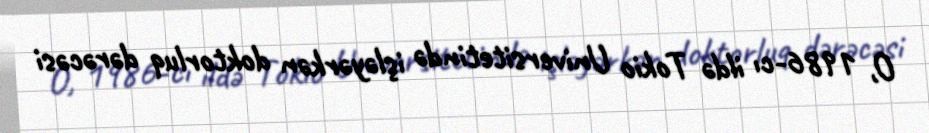
O, 1986-cı ildə Tokio Universitetində işləyərkən doktorluq dərəcəsi